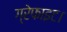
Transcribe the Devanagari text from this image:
ग्रेफाइट।